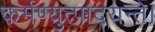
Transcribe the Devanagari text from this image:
कर्मण्युत्पादयन्ते।